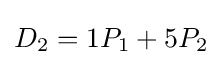
D_{2}=1P_{1}+5P_{2}